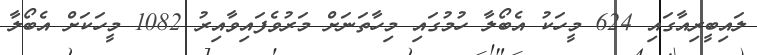
ލައިބީރިއާގައި 624 މީހަކު އެބޯލާ ހުމުގައި މިހާތަނަށް މަރުވެފައިވާއިރު 1082 މީހަކަށް އެބޯލާ